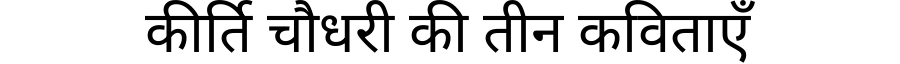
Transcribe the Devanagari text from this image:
कीर्ति चौधरी की तीन कविताएँ